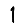
Digit: 1